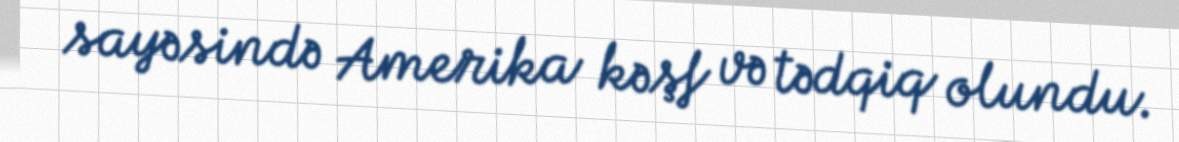
sayəsində Amerika kəşf və tədqiq olundu.